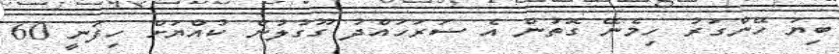
ބިޔަ ހޭންގަރު ހިމެނޭ ގޮތުން އެ ސަރަހައްދު ގޫގުލުން ކުއްޔަށް ހިފަނީ 60